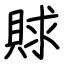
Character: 賕